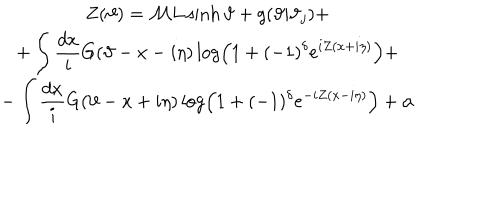
LaTeX: \begin{array} { c } { { \displaystyle Z ( \vartheta ) = { \cal M } L \sinh \vartheta + g ( \vartheta | \vartheta _ { j } ) + } } \\ { { + \displaystyle \int \displaystyle \frac { d x } { i } G ( \vartheta - x - i \eta ) \log \left( 1 + ( - 1 ) ^ { \delta } e ^ { i Z ( x + i \eta ) } \right) + } } \\ { { - \displaystyle \int \displaystyle \frac { d x } { i } G ( \vartheta - x + i \eta ) \log \left( 1 + ( - 1 ) ^ { \delta } e ^ { - i Z ( x - i \eta ) } \right) + \alpha } } \\ \end{array}